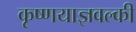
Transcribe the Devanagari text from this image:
कृष्णयाज्ञवल्की